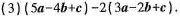
(3)$$(5 a - 4 b + c) - 2 (3 a - 2 b + c).